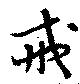
戒